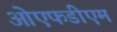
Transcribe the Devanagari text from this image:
ओएफडीएम